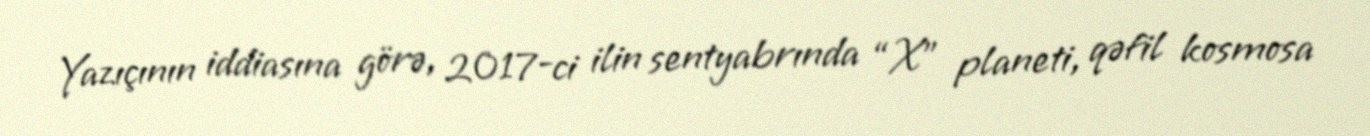
Yazıçının iddiasına görə, 2017-ci ilin sentyabrında “X” planeti, qəfil kosmosa